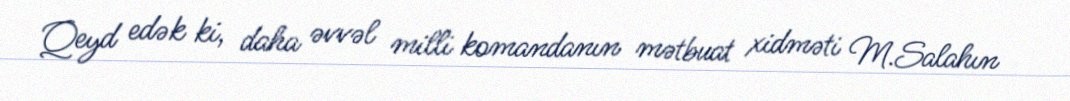
Qeyd edək ki, daha əvvəl milli komandanın mətbuat xidməti M.Salahın